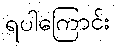
ရပါကြောင်း